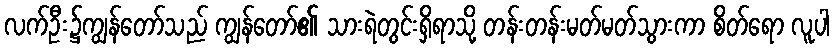
လက်ဦး၌ကျွန်တော်သည် ကျွန်တော်၏ သားရဲတွင်းရှိရာသို့ တန်းတန်းမတ်မတ်သွားကာ စိတ်ရော လူပါ